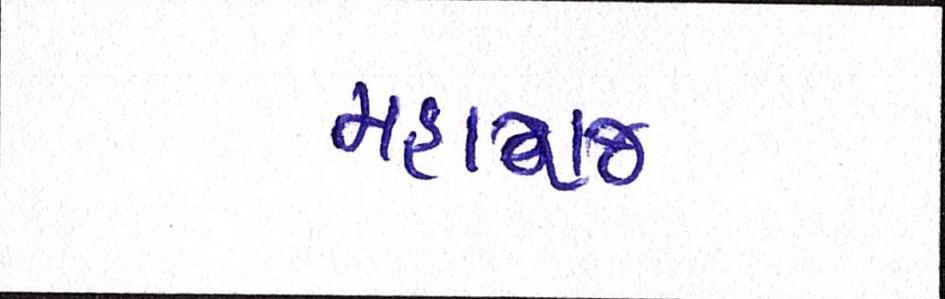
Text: મહારાજ